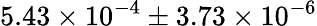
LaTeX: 5.43\times{10^{-4}}\pm 3.73\times{10^{-6}}